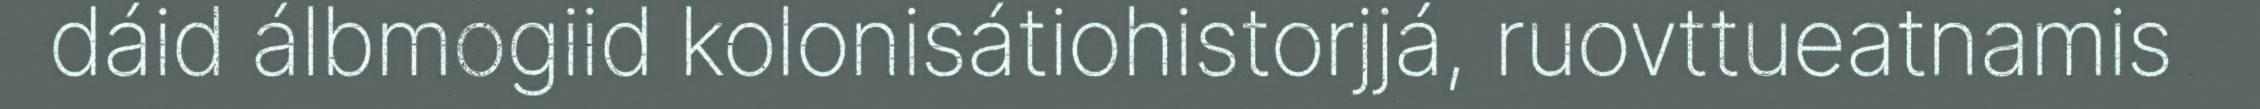
dáid álbmogiid kolonisátiohistorjjá, ruovttueatnamis